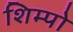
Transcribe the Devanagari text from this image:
शिम्पो